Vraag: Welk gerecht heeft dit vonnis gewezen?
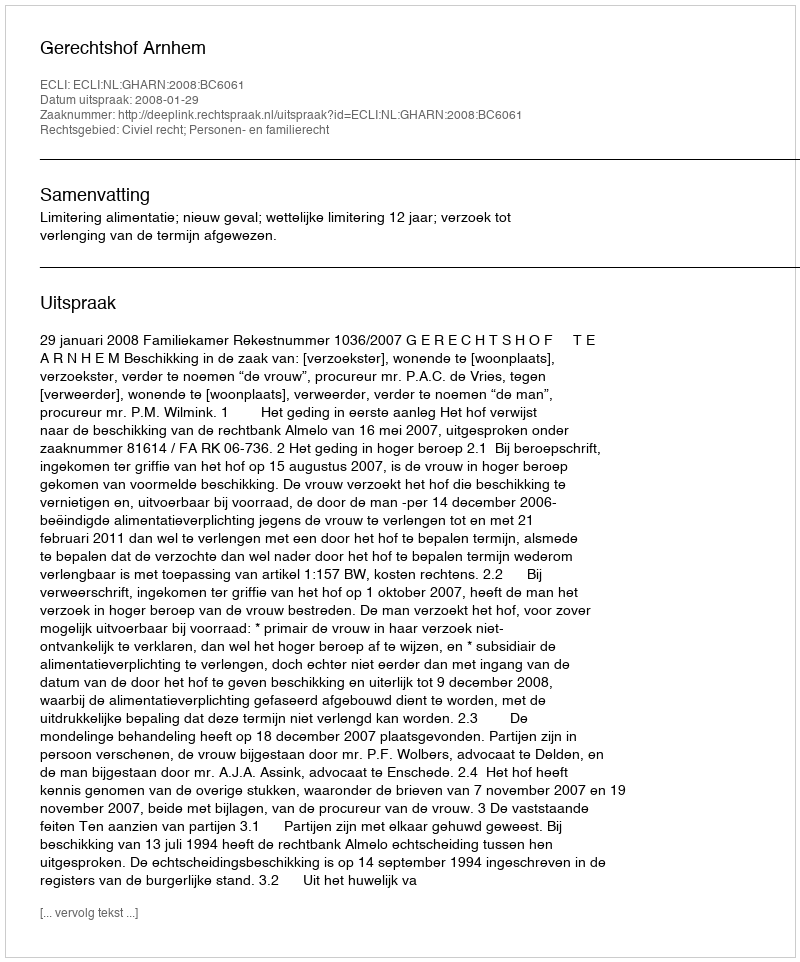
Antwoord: Gerechtshof Arnhem